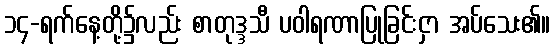
၁၄-ရက်နေ့တို့၌လည်း စာတုဒ္ဒသီ ပဝါရဏာပြုခြင်းငှာ အပ်သေး၏။